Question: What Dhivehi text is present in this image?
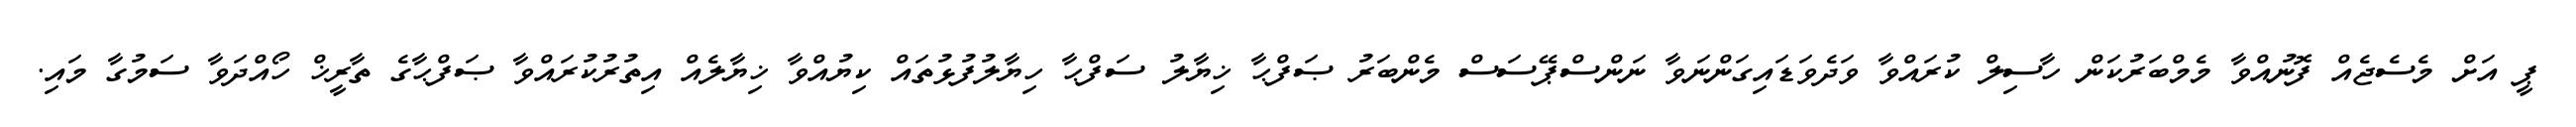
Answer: ޕީ އަށް މެސެޖެއް ފޮނުއްވާ މެމްބަރުކަން ހާސިލް ކުރައްވާ ވަދެވަޑައިގަންނަވާ ނަންސްޕޭސަސް މެންބަރު ޞަފްޙާ ޚިޔާލު ސަފްޙާ ހިޔާލުފުޅުތައް ކިޔުއްވާ ޚިޔާލެއް އިތުރުކުރައްވާ ޞަފްޙާގެ ތާރީޚް ހޯއްދަވާ ސަމުގާ މައި.